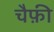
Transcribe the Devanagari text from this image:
चैफ़ी